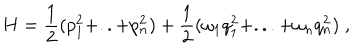
LaTeX: H = \frac { 1 } { 2 } ( p _ { 1 } ^ { 2 } + . . + p _ { n } ^ { 2 } ) + \frac { 1 } { 2 } ( \omega _ { 1 } q _ { 1 } ^ { 2 } + . . . + \omega _ { n } q _ { n } ^ { 2 } ) \; ,